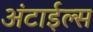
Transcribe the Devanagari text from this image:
अंटाईल्स